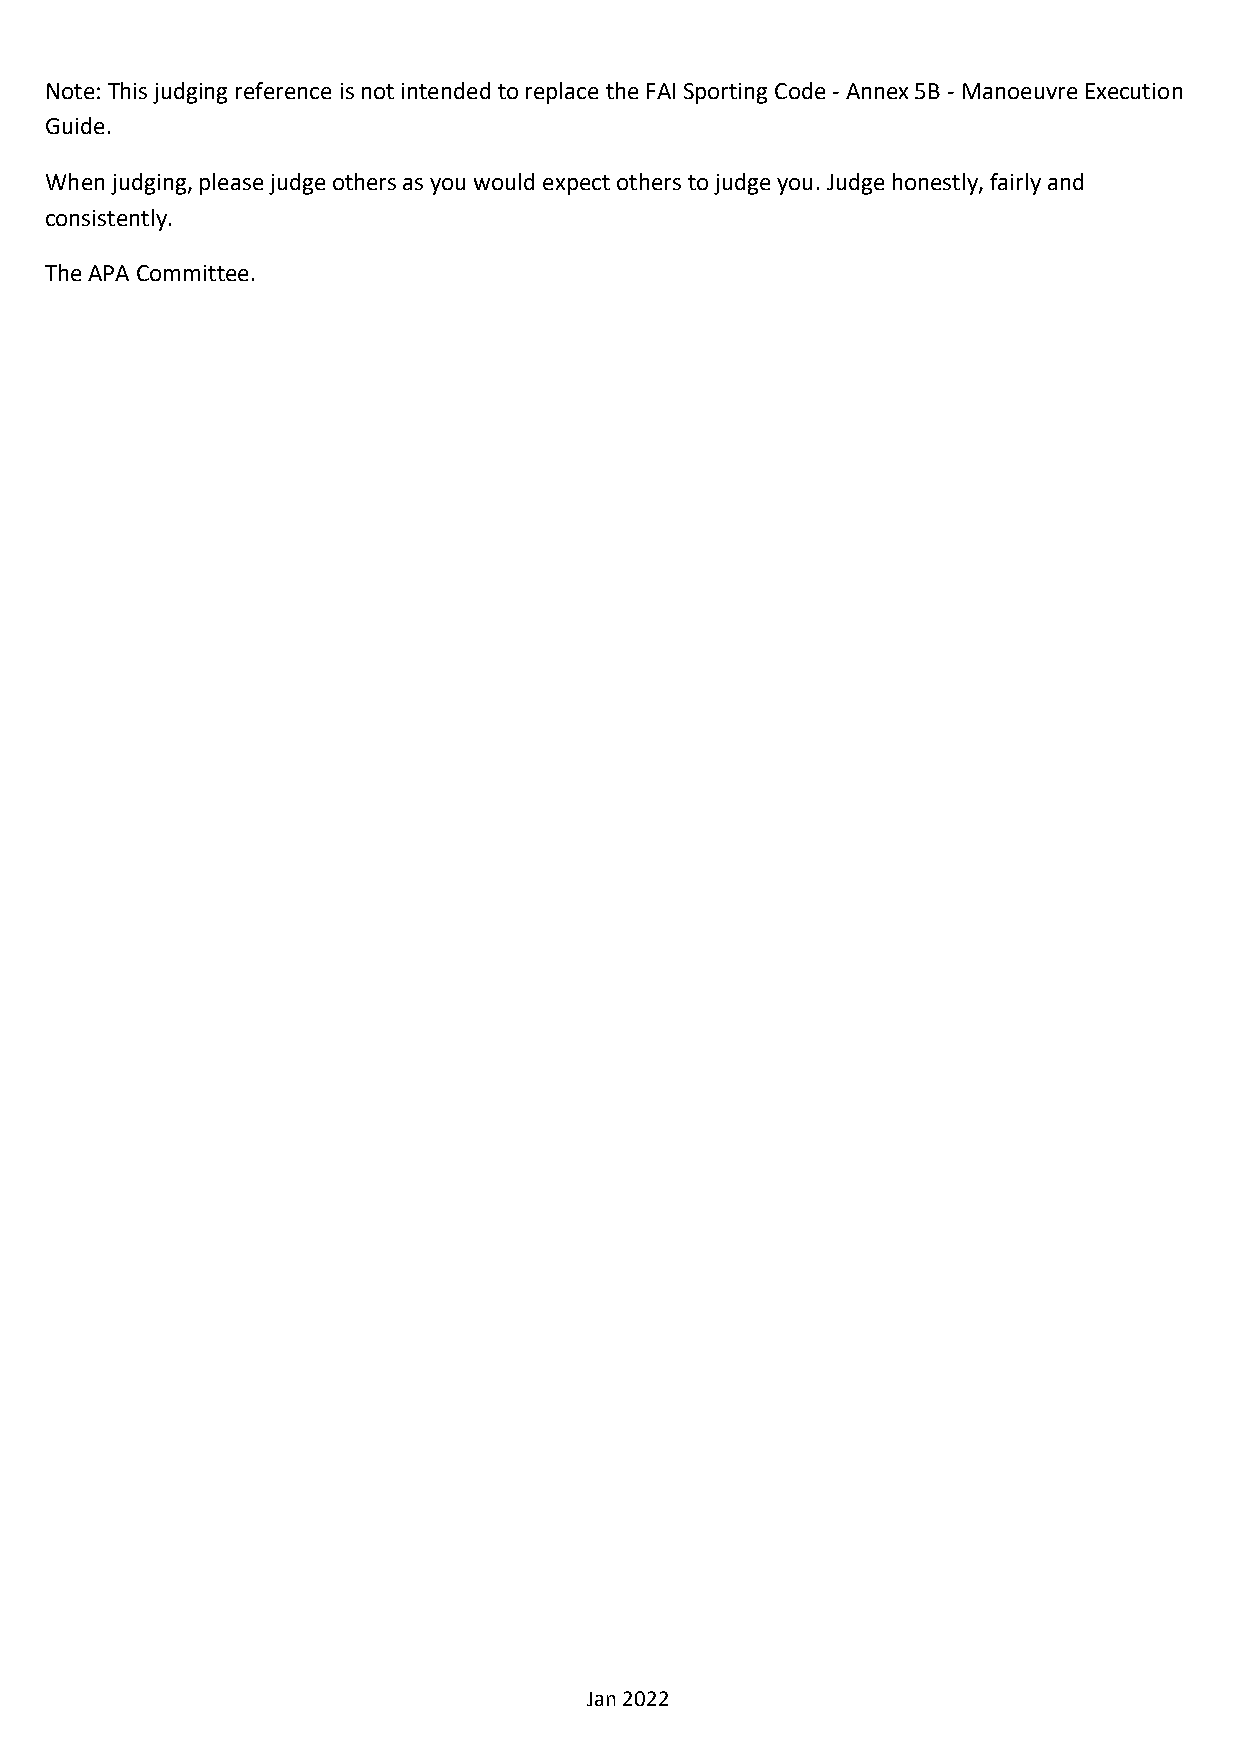
Note: This judging reference is not intended to replace the FAI Sporting Code - Annex 5B - Manoeuvre Execution
 Guide.
 When judging, please judge others as you would expect others to judge you. Judge honestly, fairly and
 consistently.
 The APA Committee.
 Jan 2022